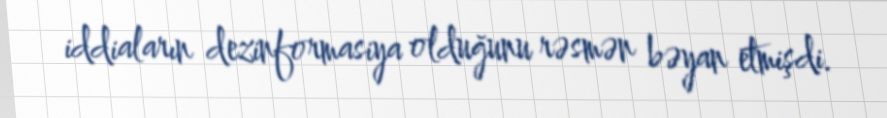
iddiaların dezinformasiya olduğunu rəsmən bəyan etmişdi.